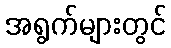
အရွက်များတွင်